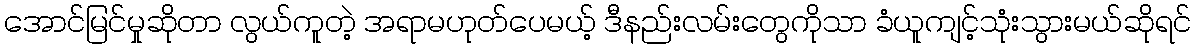
အောင်မြင်မှုဆိုတာ လွယ်ကူတဲ့ အရာမဟုတ်ပေမယ့် ဒီနည်းလမ်းတွေကိုသာ ခံယူကျင့်သုံးသွားမယ်ဆိုရင်